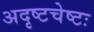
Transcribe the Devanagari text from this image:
अदृष्टचेष्टः